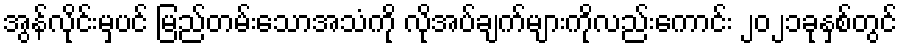
အွန်လိုင်းမှပင် မြည်တမ်းသောအသံကို လိုအပ်ချက်များကိုလည်းကောင်း ၂၀၂၁ခုနှစ်တွင်